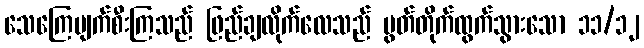
သေကြေပျက်စီးကြသည် ဖြည်ချလိုက်လေသည် ပွတ်တိုက်ထွက်သွားသော ၁၁/၁၂